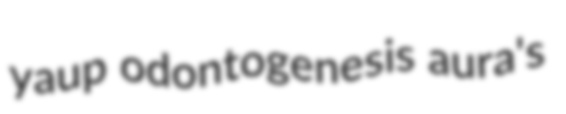
yaup odontogenesis aura's